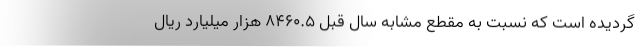
گردیده است که نسبت به مقطع مشابه سال قبل ۸۴۶۰.۵ هزار میلیارد ریال